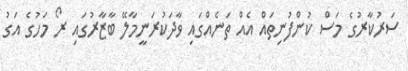
ސަރުކާރުގެ މަސް ކުންފުނިތައް އެއް ތަނެއްގައި ވާދަކުރަނީމާލޭ ބާޒާރުގައި ރޯ މަހުގެ އަގު